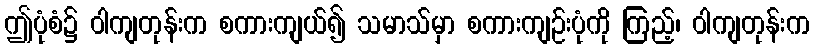
ဤပုံစံ၌ ဝါကျတုန်းက စကားကျယ်၍ သမာသ်မှာ စကားကျဉ်းပုံကို ကြည့်၊ ဝါကျတုန်းက